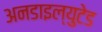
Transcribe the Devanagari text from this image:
अनडाइल्युटेड